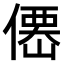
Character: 𠎣